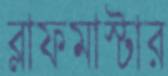
ব্লাফমাস্টার